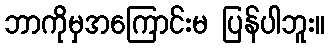
ဘာကိုမှအကြောင်းမ ပြန်ပါဘူး။